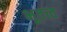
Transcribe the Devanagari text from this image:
भूतत्त्व